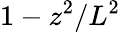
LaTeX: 1-z^{2}/L^{2}